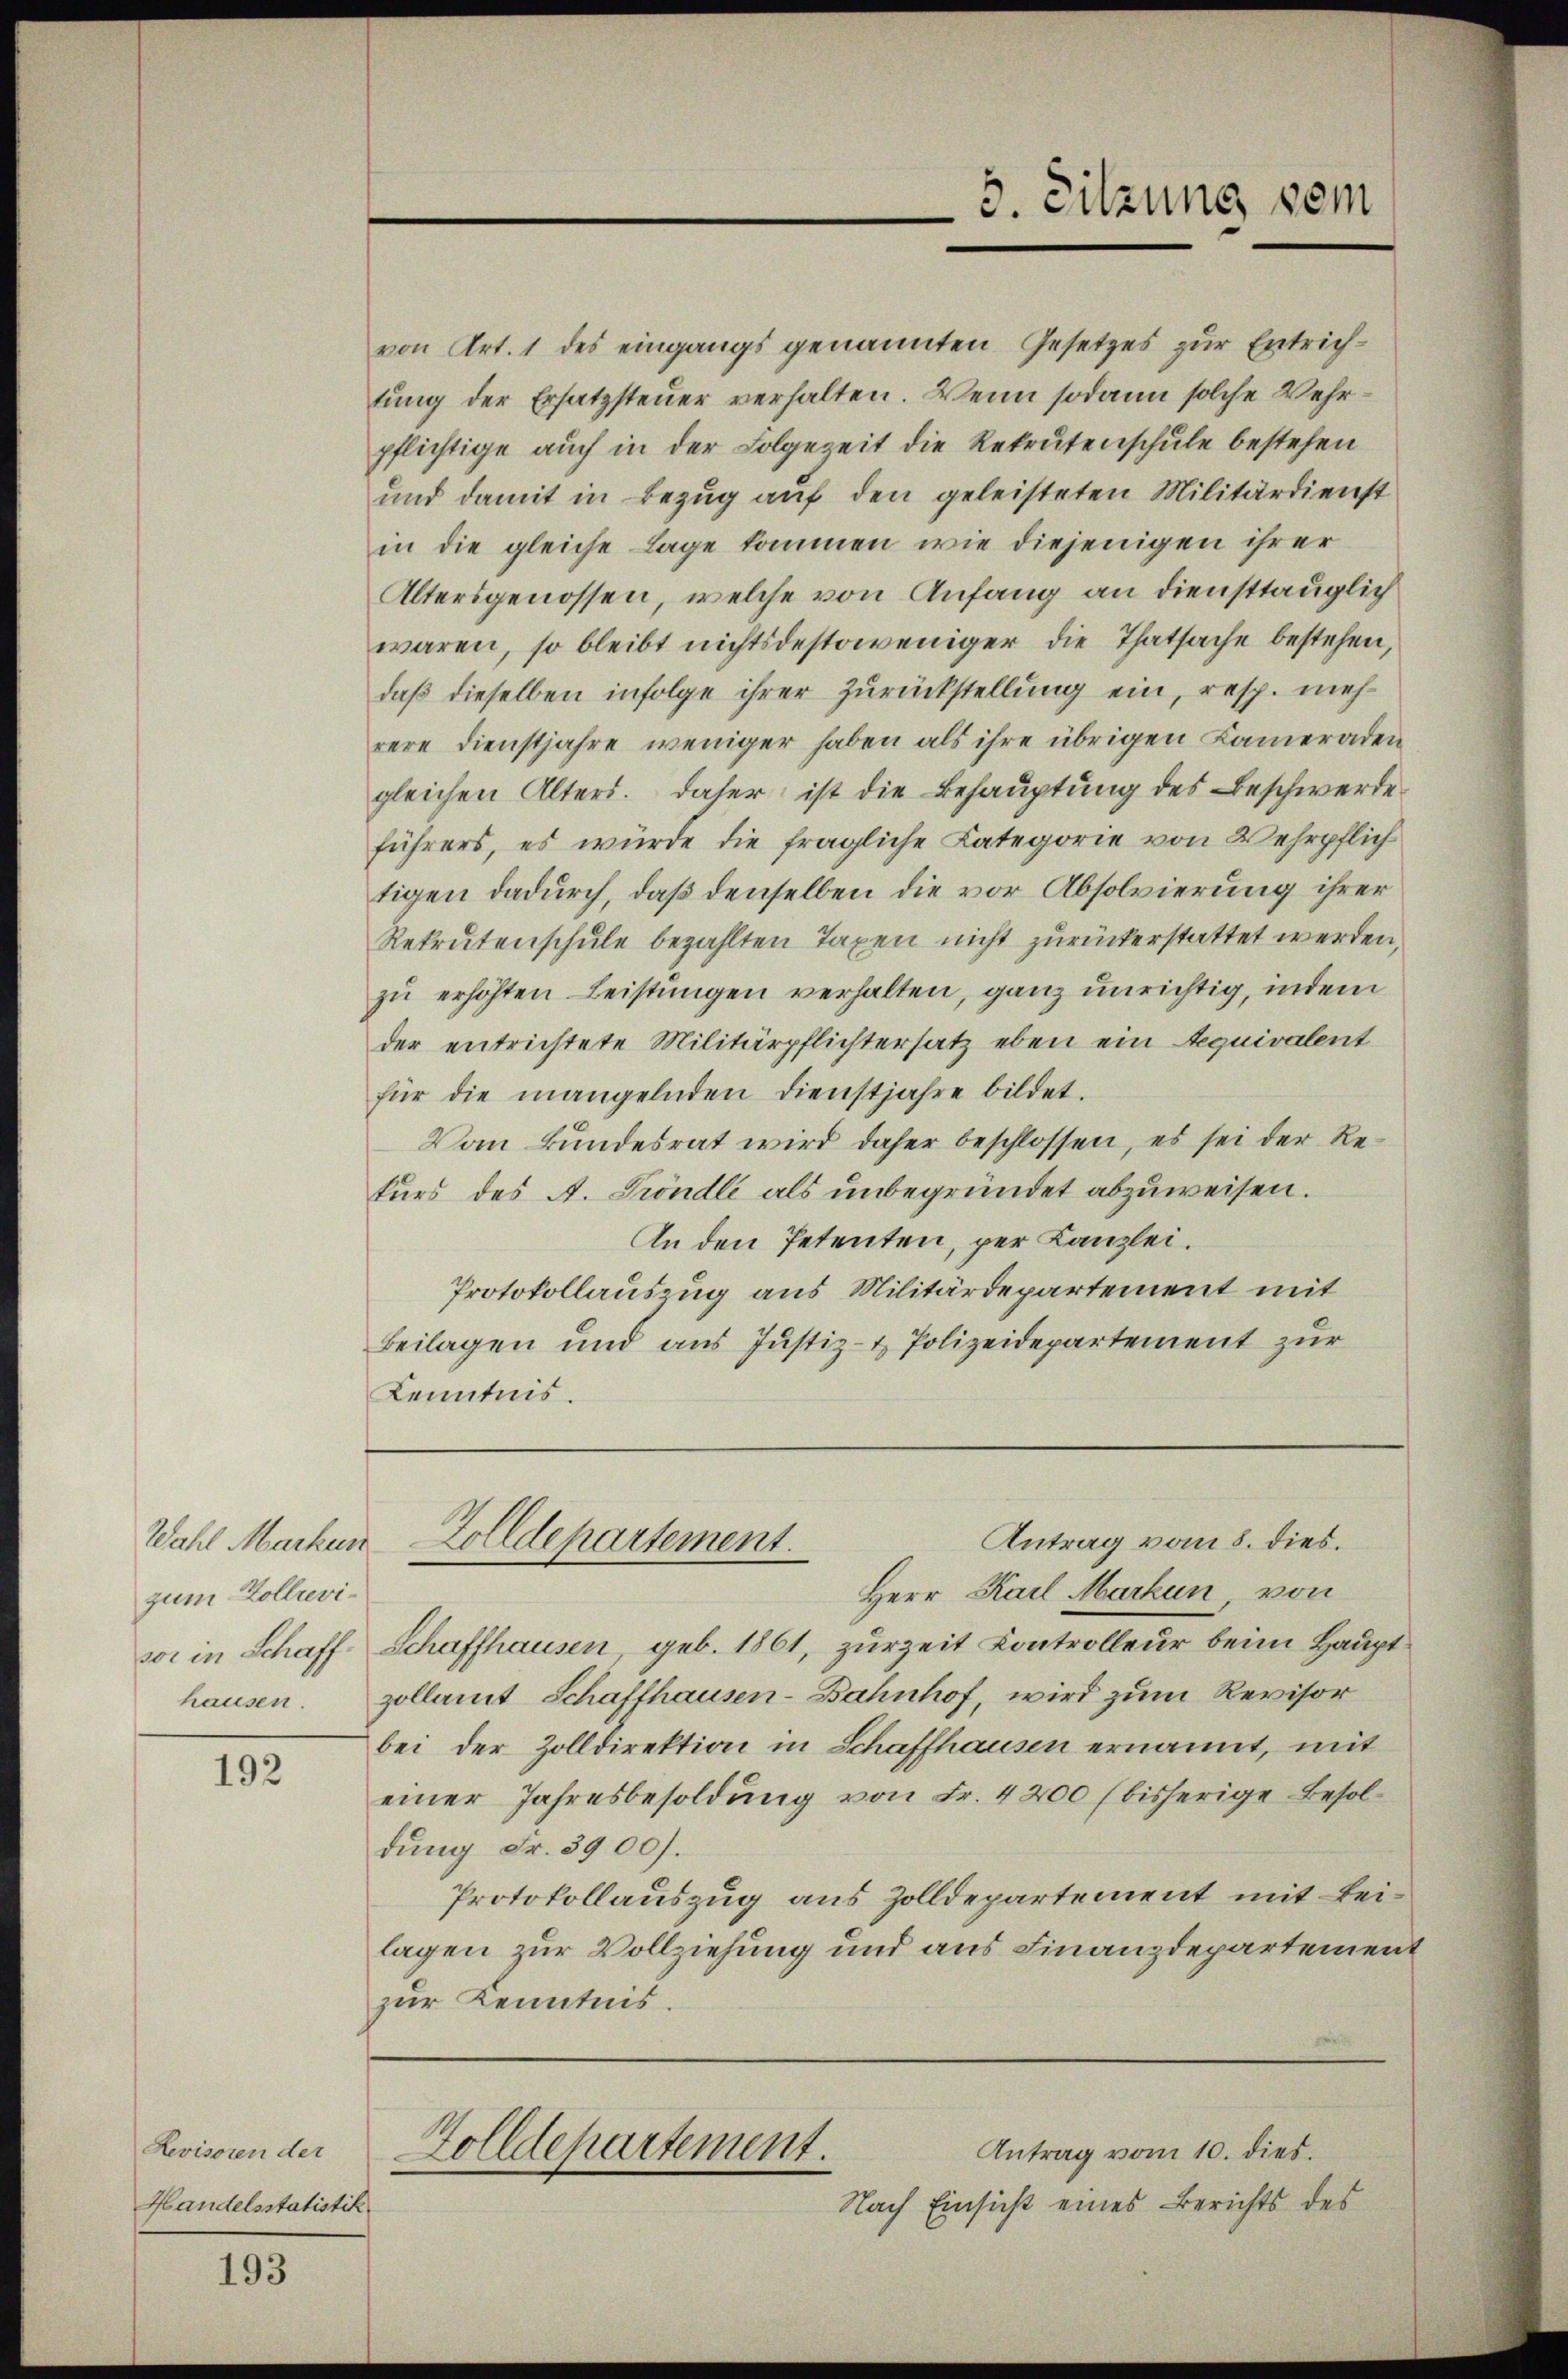
Wahl Markes.
zum Zollrevivor in Schaffhausen.

192

Levisoren der
Handelsstatistik

193

von Art. 1 des eingangs genannten Gesetzes zur Entrichtung der Ersatzsteuer verhalten. Wenn sodann solche Wehrpflichtige auch in der Folgezeit die Rekrutenschule bestehen
und damit in Bezug auf den geleisteten Militärdienst
in die gleiche Lage kommen, wie diejenigen ihrer
Altersgenossen, welche von Anfang an diensttauglich
waren, so bleibt nichtsdestoweniger die Thatsache bestehen,
daß dieselben infolge ihrer Zurückstellung ein, resp. mehrere Dienstjahre weniger haben als ihre übrigen Cameraden
gleichen Alters. Daher ist die Behauptung des Beschwerde
führers, es würde die fragliche Kategorie von Wehrpflich
tigen dadurch, daß denselben die vor Absolvierung ihrer
Rekrutenschule bezahlten Taxen nicht zurückerstattet werden,
zŭ erhöhten Leistŭngen verhalten, ganz unrichtig, indem
der entrichtete Militärpflichtersatz eben ein Requivalent
für die mangelnden Dienstjahre bildet.
Vom Bundesrat wird daher beschlossen, es sei der Rekurs des A. Fröndle als unbegründet abzuweisen.
An den Petenten, per Kanzlei.
Protokollauszug aus Militärdepartement mit
Beilagen und aus Justiz- & Polizeidepartement zur
Kenntnis.

Herr Karl Markun von
Schaffhausen, geb. 1861, zurzeit Kontrolleur beim Hauptzollamt Schaffhausen-Bahnhof, wird zum Revisor
bei der Zolldirektion in Schaffhausen ernannt, mit
einer Jahresbesoldung von Fr. 4200 (bisherige Besoldung Fr. 3900).
Protokollauszug aus Zolldepartement mit Beilagen zur Vollziehung und aus Finanzdepartemenzur Kenntnis.
Antrag vom 10. dies
Zolldepartement.
Nach Einsicht eines Berichts des

Antrag vom 8. dies.
Zolldepartement.

5. Sitzung dem